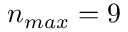
n _ { m a x } = 9